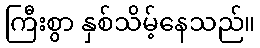
ကြီးစွာ နှစ်သိမ့်နေသည်။